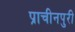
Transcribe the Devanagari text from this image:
प्राचीनपुरी